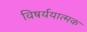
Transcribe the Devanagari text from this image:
विषर्ययात्मक